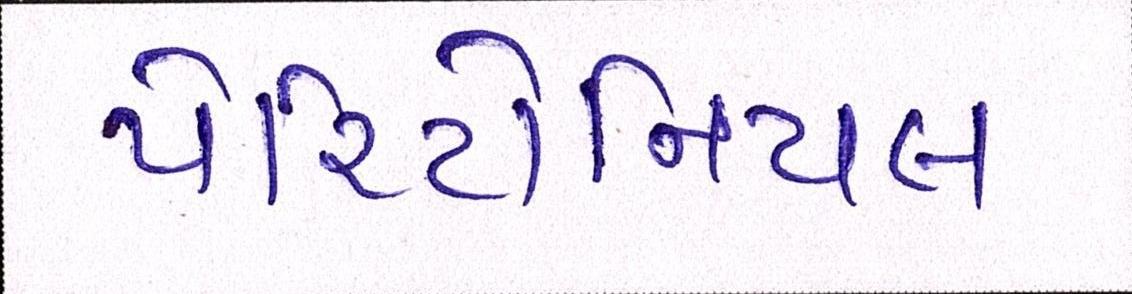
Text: પેરિટોનિયલ